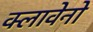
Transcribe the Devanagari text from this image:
क्लावेनो